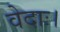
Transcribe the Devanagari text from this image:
वेदाः।